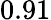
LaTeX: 0.91